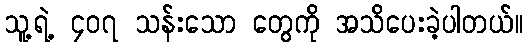
သူ့ရဲ့ ၄၀၇ သန်းသော တွေကို အသိပေးခဲ့ပါတယ်။